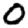
Digit: 0